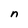
Character: n